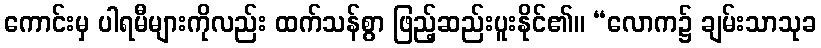
ကောင်းမှ ပါရမီများကိုလည်း ထက်သန်စွာ ဖြည့်ဆည်းပူးနိုင်၏။ “လောက၌ ချမ်းသာသုခ